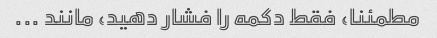
مطمئنا، فقط دکمه را فشار دهید، مانند ...